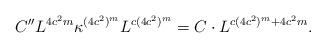
LaTeX: \begin{align*}C'' L^{4c^{2}m}\kappa^{(4c^{2})^{m}}L^{c(4c^{2})^{m}}=C\cdot L^{c(4c^{2})^{m}+4c^{2}m}.\end{align*}